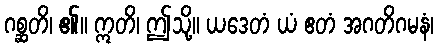
ဂစ္ဆတိ၊ ၏။ ဣတိ၊ ဤသို့။ ယဒေတံ ယံ ဧတံ အဂတိဂမနံ၊